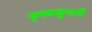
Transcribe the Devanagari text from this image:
कृषककुमारी